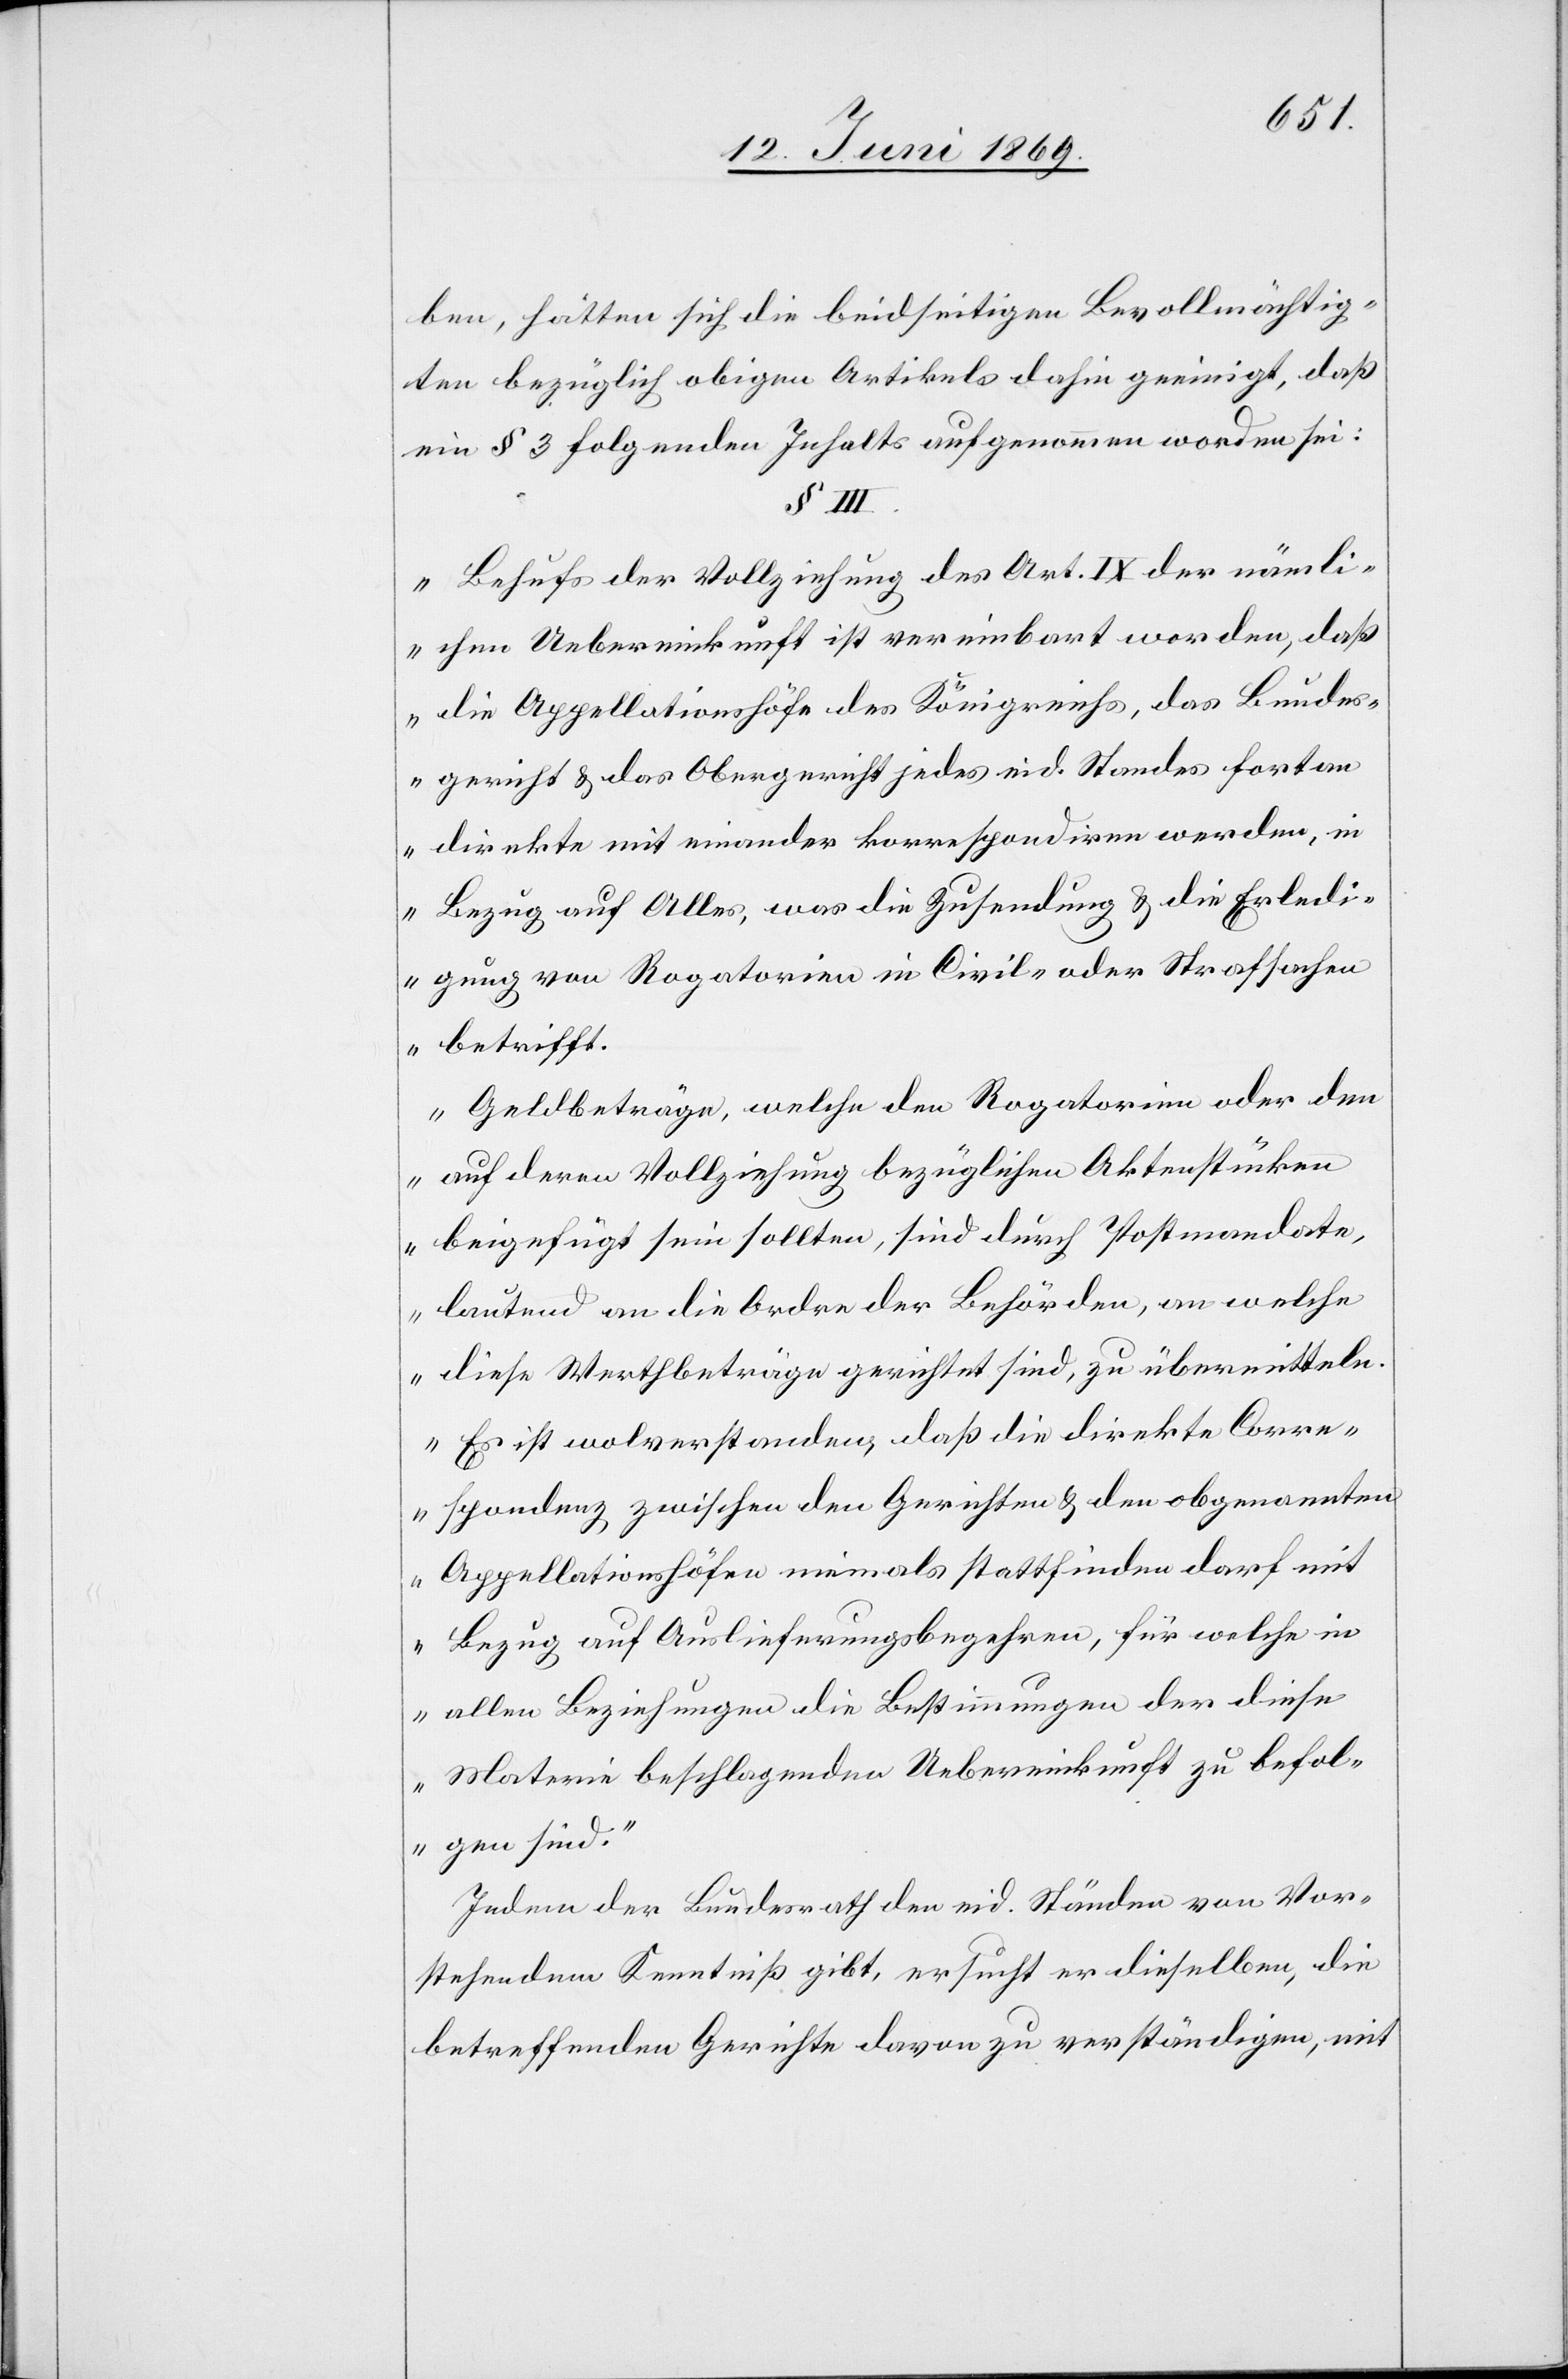
ben, hätten sich die beidseitigen Bevollmächtig¬
en bezüglich obigen Artikels dahin geeinigt, daß
ein § 3 folgenden Inhalts aufgenommen worden sei:
„Behufs der Vollziehung des Art. IX der nämli¬
chen Uebereinkunft ist vereinbart worden, daß
die Appellationshöfe des Königreichs, das Bundes¬
gericht u. das Obergericht jedes eid. Standes fortan
direkte mit einander korrespondiren werden, in
Bezug auf Alles, was die Zusendung u. die Erledi¬
gung von Rogatorien in Civil- oder Strafsachen
betrifft.
Geldbeträge, welche den Rogatorien oder dem
auf deren Vollziehung bezüglichen Aktenstücken
beigefügt sein sollten, sind durch Postmandate,
lautend an die Ordre der Behörden, an welche
diese Werthbeiträge gerichtet sind, zu übermitteln.
Es ist wolverstanden, daß die direkte Corre¬
spondenz zwischen den Gerichten u. den obgenannten
Appellationshöfen niemals stattfinden darf mit
Bezug auf Auslieferungsbegehren, für welche in
allen Beziehungen die Bestimmungen der diese
Materie beschlagenden Uebereinkunft zu befol¬
gen sind.“
Indem der Bundesrath den eid. Ständen von Vor¬
stehendem Kenntniß gibt, ersucht er dieselben, die
betreffenden Gerichte davon zu verständigen, mit